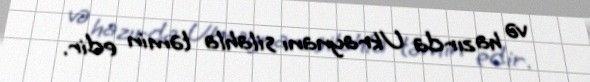
və hazırda Ukraynanı silahla təmin edir.